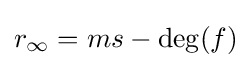
r_{\infty }=ms-\deg(f)